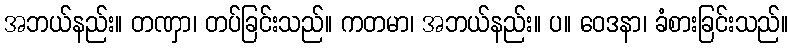
အဘယ်နည်း။ တဏှာ၊ တပ်ခြင်းသည်။ ကတမာ၊ အဘယ်နည်း။ ပ။ ဝေဒနာ၊ ခံစားခြင်းသည်။